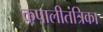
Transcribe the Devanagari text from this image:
कपालीतंत्रिका